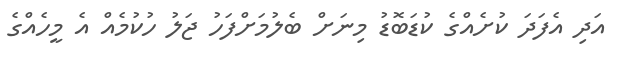
އަދި އެފަދަ ކުށެއްގެ ކުޑަބޮޑު މިނަށް ބެލުމަށްފަހު ޖަލު ހުކުމެއް އެ މީހެއްގެ